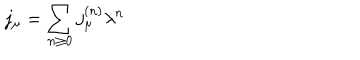
j _ { \mu } = \sum _ { n \ge 0 } j _ { \mu } ^ { ( n ) } \lambda ^ { n }